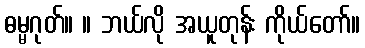
ဓမ္မဂုတ်။ ။ ဘယ်လို အယူတုန်း ကိုယ်တော်။